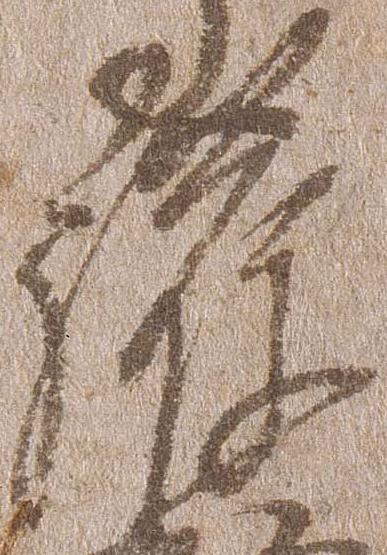
護